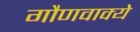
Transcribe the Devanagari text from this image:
गौणवाक्ये